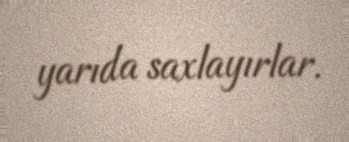
yarıda saxlayırlar.